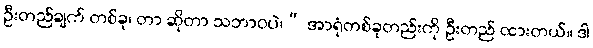
ဦးတည်ချက် တစ်ခု၊ တာ ဆိုတာ သဘာဝပဲ၊” အာရုံတစ်ခုတည်းကို ဦးတည် ထားတယ်။ ဒါ